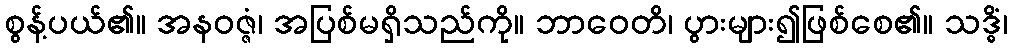
စွန့်ပယ်၏။ အနဝဇ္ဇံ၊ အပြစ်မရှိသည်ကို။ ဘာဝေတိ၊ ပွားများ၍ဖြစ်စေ၏။ သဒ္ဓိံ၊